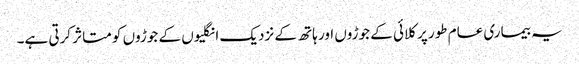
یہ بیماری عام طور پر کلائی کے جوڑوں اور ہاتھ کے نزدیک انگلیوں کے جوڑوں کو متاثر کرتی ہے۔